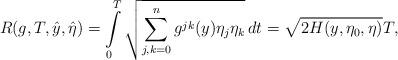
LaTeX: \begin{align*}R(g,T,\hat y,\hat\eta)=\int\limits_0^T \sqrt{\sum_{j,k=0}^n g^{jk}(y)\eta_j\eta_k }\,dt=\sqrt{2H(y,\eta_0,\eta)}T,\end{align*}